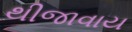
થીજાવાય